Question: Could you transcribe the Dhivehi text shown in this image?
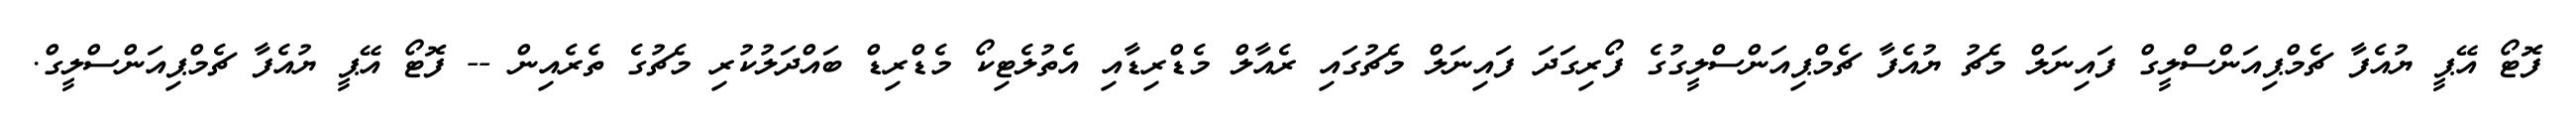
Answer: ފޮޓޯ އޭޕީ ޔުއެފާ ޗެމްޕިއަންސްލީގް ފައިނަލް މެޗު ޔުއެފާ ޗެމްޕިއަންސްލީގުގެ ފޯރިގަދަ ފައިނަލް މެޗުގައި ރެއާލް މެޑްރިޑާއި އެތުލެޓިކޯ މެޑްރިޑް ބައްދަލުކުރި މެޗުގެ ތެރެއިން -- ފޮޓޯ އޭޕީ ޔުއެފާ ޗެމްޕިއަންސްލީގް.